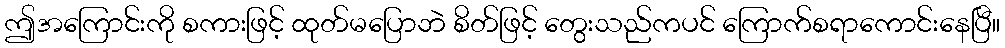
ဤအကြောင်းကို စကားဖြင့် ထုတ်မပြောဘဲ စိတ်ဖြင့် တွေးသည်ကပင် ကြောက်စရာကောင်းနေပြီ။